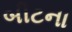
બીટના